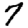
Digit: 7